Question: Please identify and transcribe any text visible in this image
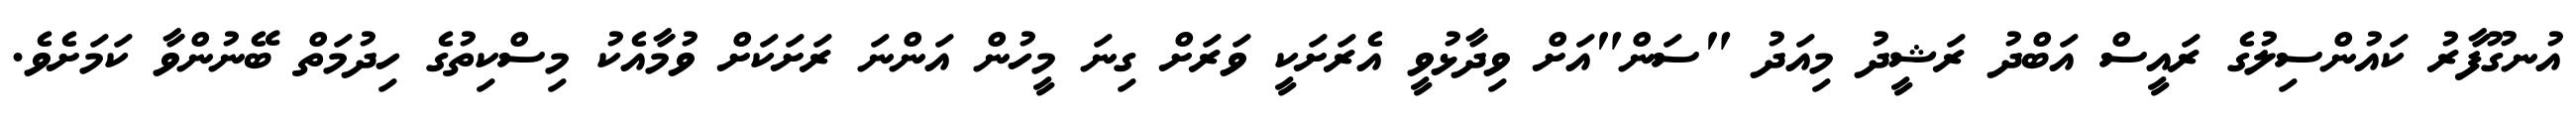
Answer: އުނގޫފާރު ކައުންސިލުގެ ރައީސް އަބްދު ރަޝީދު މިއަދު "ސަން"އަށް ވިދާޅުވީ އެރަށަކީ ވަރަށް ގިނަ މީހުން އަންނަ ރަށަކަށް ވުމާއެކު މިސްކިތުގެ ހިދުމަތް ބޭނުންވާ ކަމަށެވެ.